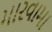
મારવામા